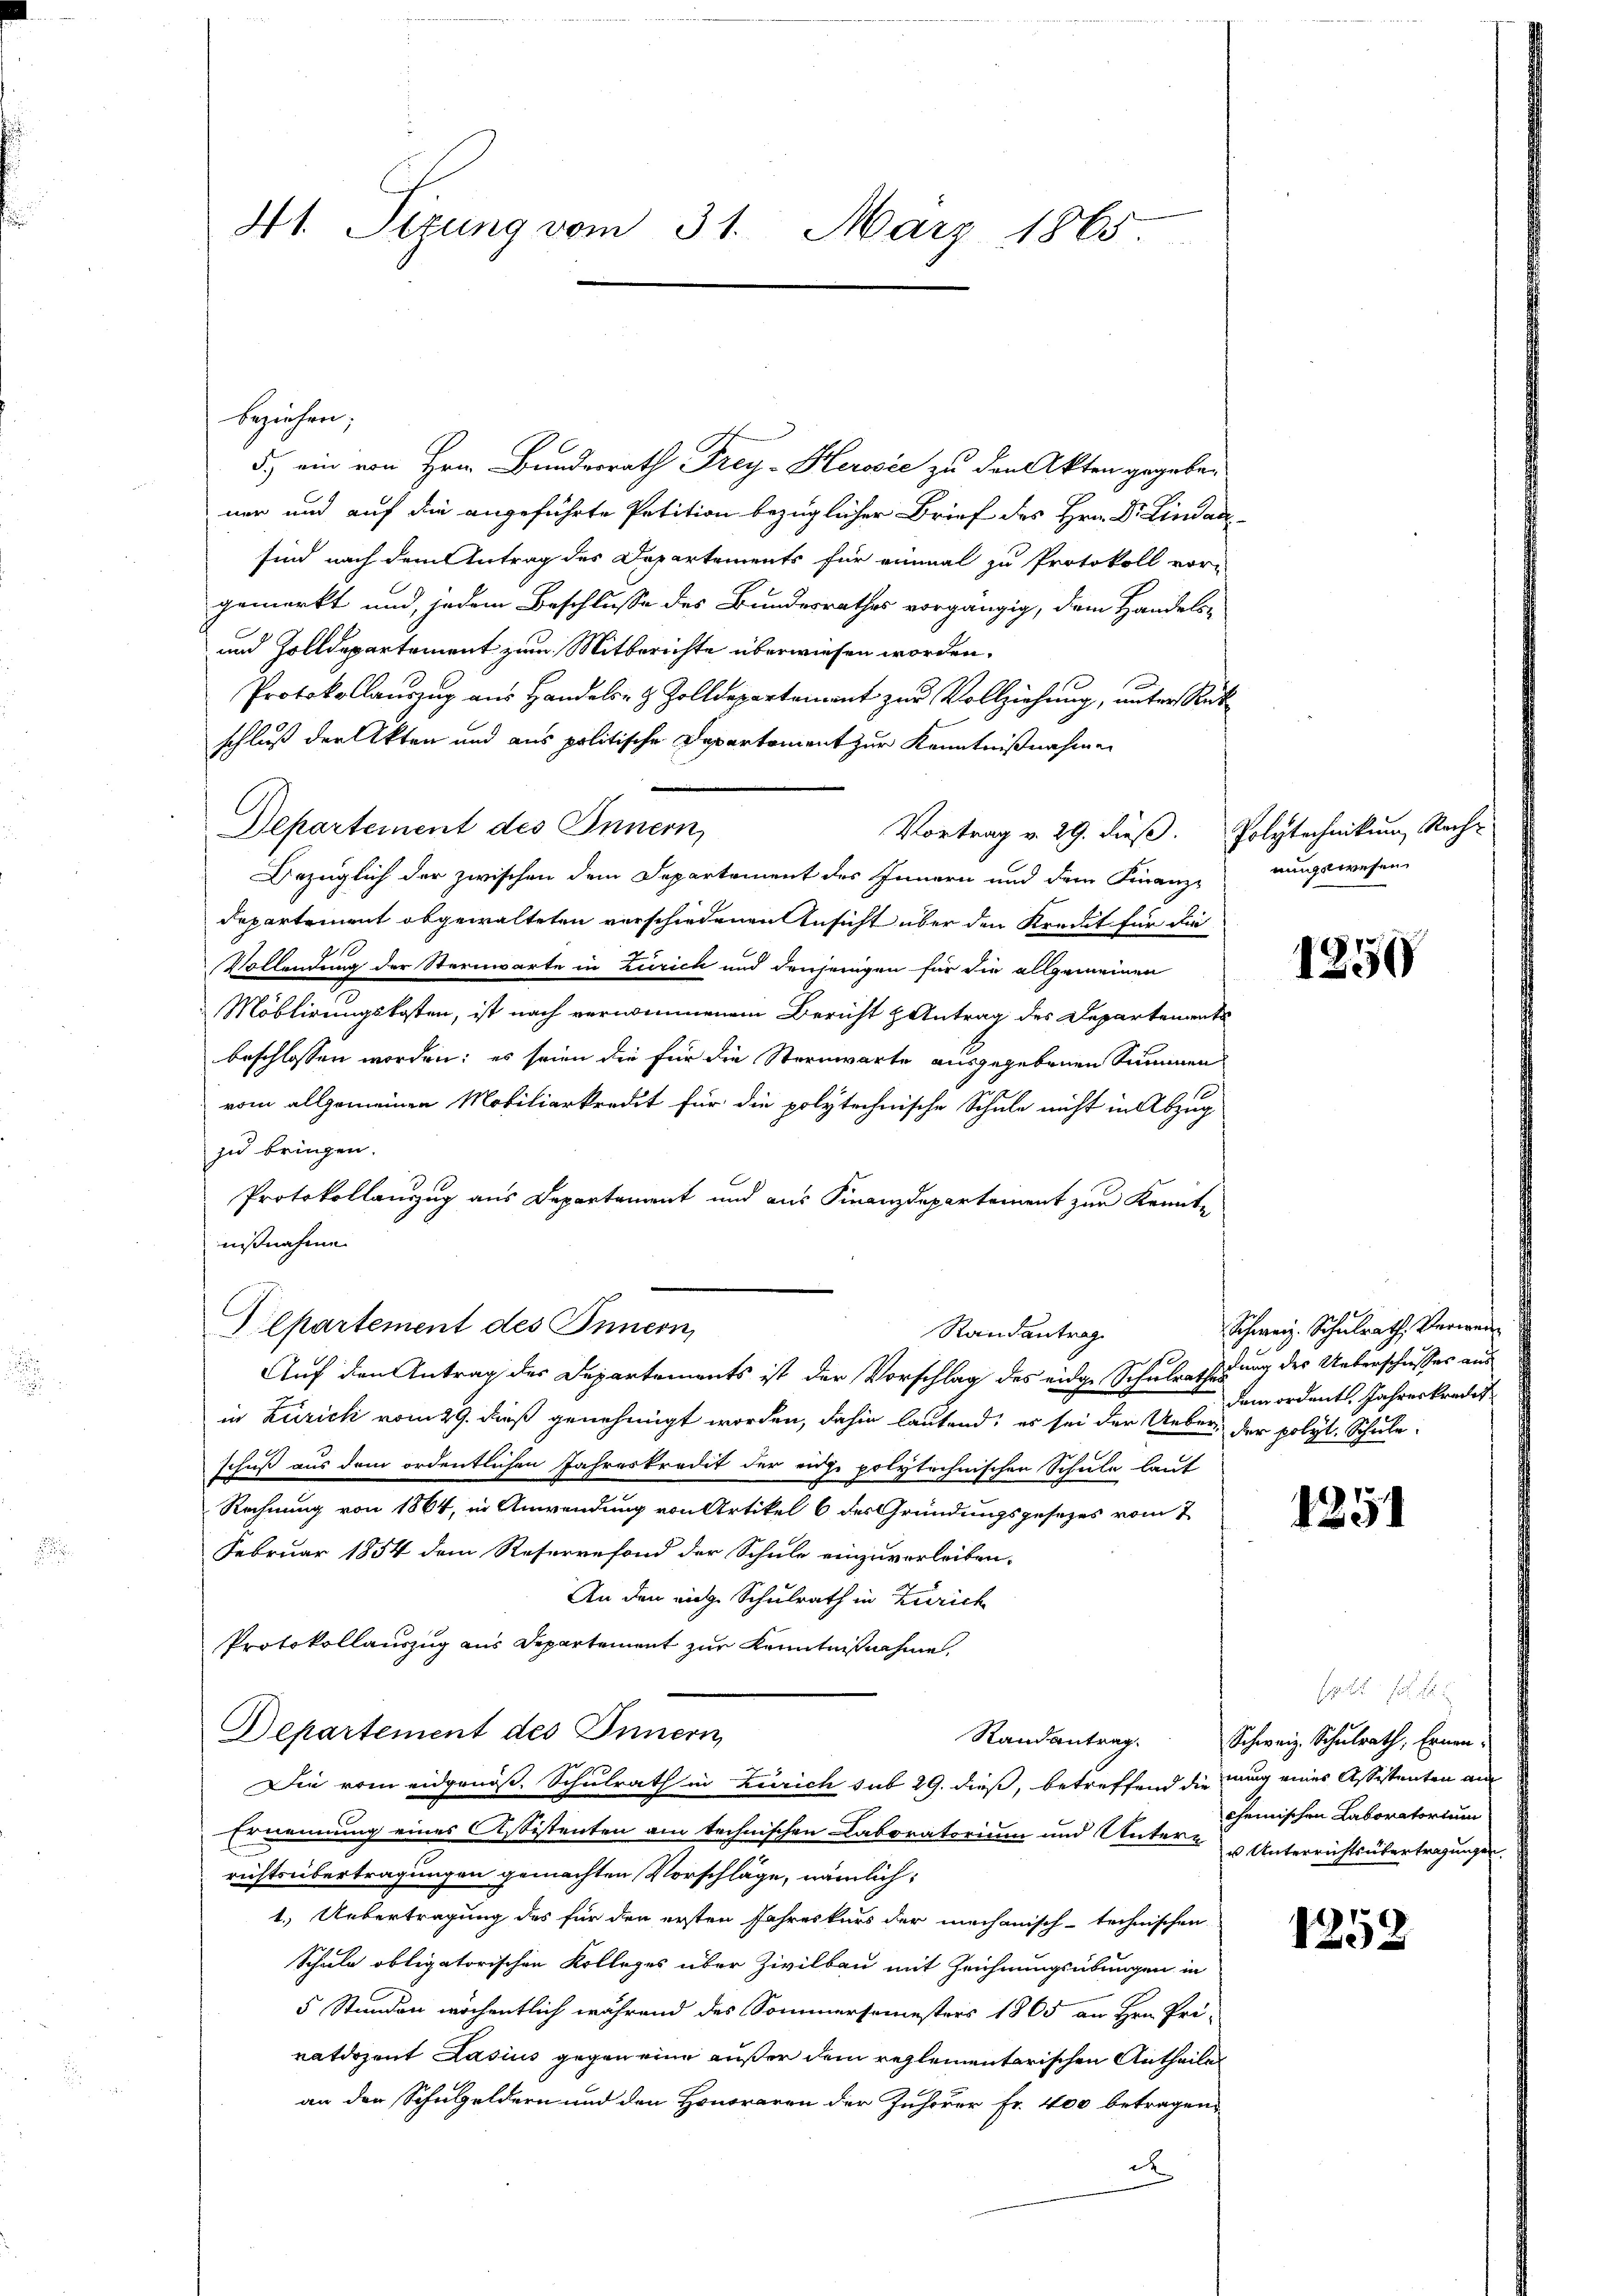
beziehen,
5.) ein von Hrn. Bundesrath Frey- Herović zu den Akten gegeben
ner und auf die angeführte Petition bezüglicher Brief des Hrn. Dr. Lindau
sind nach dem Antrag des Departements für einmal zu Protokoll vor-
gemerkt und, jedem Beschlusse des Bundesrathes vorgängig, dem Handels-
und Zolldepartement zum Mitberichte überwiesen worden.
Protokollaŭszŭg aŭs Handels- & Zolldepartement zŭr Vollziehŭng ŭnter Rück
schluß der Akten und aus politische Departoment zur Kenntnißnahmen
Departement des Innern,
Vortrag v. 29. dieß.
Bezüglich der zwischen dem Departement des Innern und dem Finanz-
departement abgewalteten verschiedenen Ansicht über den Kredit für die
Vollendung der Sternwarte in Zürich und denjenigen für die allgemeinen
Möblirungskosten, ist nach vernommenem Bericht & Antrag des Departements
beschlossen worden; es seien die für die Sternwarte ausgegebenen Summen
vom allgemeinen Mobiliarkredit für die polytechnische Schule nicht in Abzug
zu bringen.
Protokollanzug aus Departament und aus Finanzdepartement zur Kennt-
nißnahme
Vlpartement des Innern,
Randantrag
Auf den Antrag des Departements ist der Vorschlag des eidge Schulrathesung der Ueberschusses aus
in Zürich vom 29. dieß genehmigt worden, dahin lautend; es sei der Ueber der polyt. Schule
schuß aus dem ordentlichen Jahreskredit der eige polytechnischen Schule laut
Rechnung von 1864, in Anwendung von Artikel 6 des Gründungsgesetzes vom 2
Februar 1854 dem Reservefond der Schule einzuverleiben.
An den eige Schulrath in Zürich
Protokollauszug aus Departement zur Kenntnißnahme
Departement des Innern,
Randantrag.
Die vom eidgenöß. Schulrath in Zürich sub 29. dieß, betreffend die mag eines Assistenten am
Ernennung eines Assistenten am technischen Laboratorium und Unter- & Unterrichtsübertragungen
richtsübertragungen gemachten Vorschläge, nämlich:
1.) Uebertragung des für den ersten Jahreskurs der mechanisch-technischen
Schule obligatorischen Kolleges über Zivilbau mit Zeichnungsübungen in
5 Stunden wöchentlich während des Sommersemesters 1865 an Hrn. Pri-
ratdozent Lasius gegen eine außer dem reglementarischen Antheile
an der Schulgeldern und den Honoraren der Zuhörer Fr. 400 betragen,
d

41. Sizung vom 31. März 1865.

.

Polytechnikum Nach
nungswesen.

1250

Schweiz. Schulrath, Verwei
dem ordent. Jahreskredit

1251

F 1
Schweiz. Schulrath, Ernen.
chemischen Laboratorium

1252